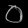
Digit: ၀